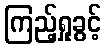
ကြည့်ရှုခွင့်